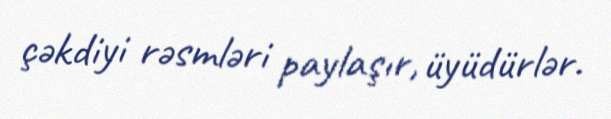
çəkdiyi rəsmləri paylaşır, üyüdürlər.